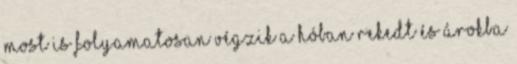
most is folyamatosan végzik a hóban rekedt és árokba